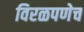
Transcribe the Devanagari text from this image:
विरळपणेच